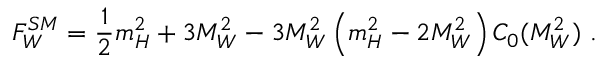
F _ { W } ^ { S M } = \frac { 1 } { 2 } m _ { H } ^ { 2 } + 3 M _ { W } ^ { 2 } - 3 M _ { W } ^ { 2 } \left( m _ { H } ^ { 2 } - 2 M _ { W } ^ { 2 } \right) C _ { 0 } ( M _ { W } ^ { 2 } ) \, \, .